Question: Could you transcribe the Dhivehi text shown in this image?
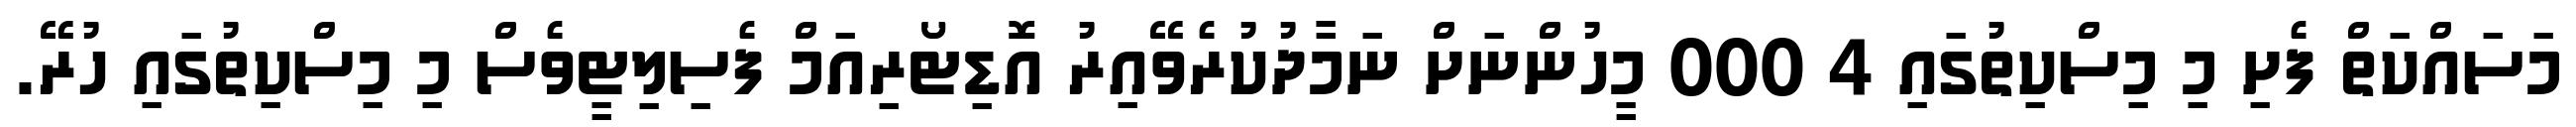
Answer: މަސައްކަތް ފެށި މި މިސްކިތުގައި 4 000 މީހުންނަށް ނަމާދުކުރެވޭއިރު އޮޑިޓޯރިއަމް ފެސިލިޓީވެސް މި މިސްކިތުގައި ހުރޭ.